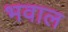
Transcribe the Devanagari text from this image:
भवाल